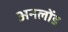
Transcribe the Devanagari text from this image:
अनलोंड